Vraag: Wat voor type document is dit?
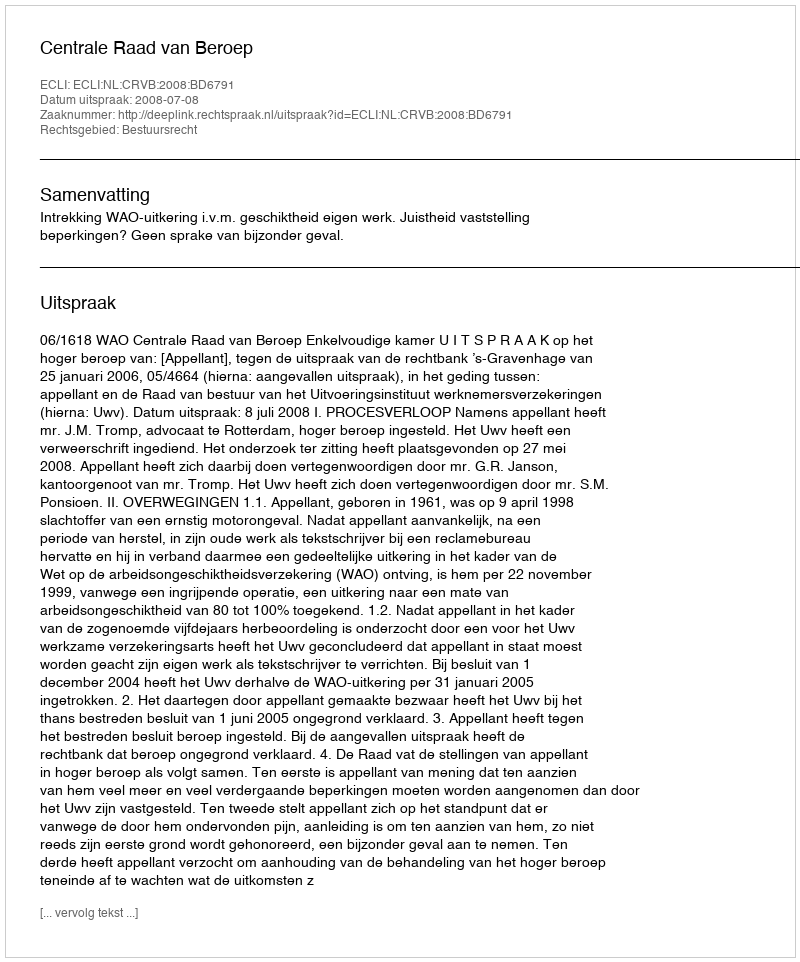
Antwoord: Uitspraak